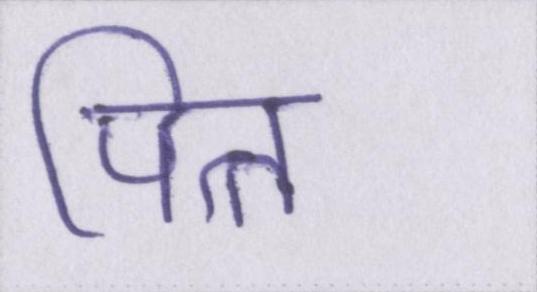
पित्त